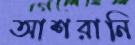
আশরানি